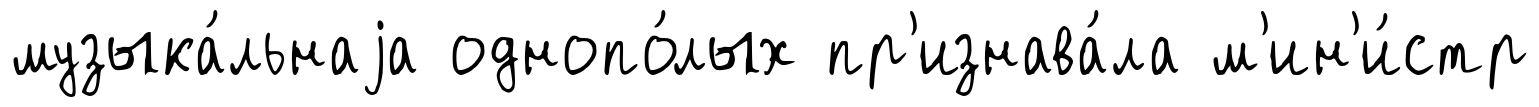
музыка́льнаjа однопо́лых пр'изнава́ла м'ин'и́стр